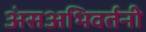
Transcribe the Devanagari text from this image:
अंसअभिवर्तनी